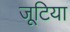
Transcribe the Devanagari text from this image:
जूटिया